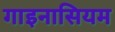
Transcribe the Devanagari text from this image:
गाइनासियम